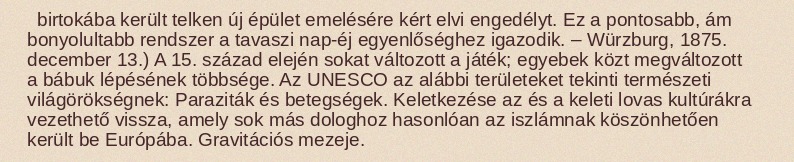
birtokába került telken új épület emelésére kért elvi engedélyt. Ez a pontosabb, ám bonyolultabb rendszer a tavaszi nap-éj egyenlőséghez igazodik. – Würzburg, 1875. december 13.) A 15. század elején sokat változott a játék; egyebek közt megváltozott a bábuk lépésének többsége. Az UNESCO az alábbi területeket tekinti természeti világörökségnek: Paraziták és betegségek. Keletkezése az és a keleti lovas kultúrákra vezethető vissza, amely sok más dologhoz hasonlóan az iszlámnak köszönhetően került be Európába. Gravitációs mezeje.